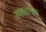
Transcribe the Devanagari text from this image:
खतरानक